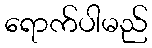
ရောက်ပါမည်